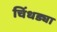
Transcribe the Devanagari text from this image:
चिंधड्या